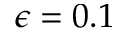
\epsilon = 0 . 1